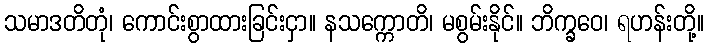
သမာဒတိတုံ၊ ကောင်းစွာထားခြင်းငှာ။ နသက္ကောတိ၊ မစွမ်းနိုင်။ ဘိက္ခဝေ၊ ရဟန်းတို့။